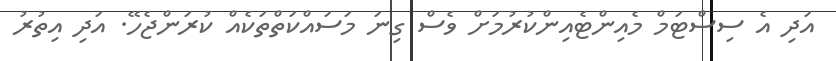
އަދި އެ ސިސްޓަމް މެއިންޓެއިންކުރުމަށް ވެސް ގިނަ މަސައްކަތްތަކެއް ކުރަންޖެހޭ. އަދި އިތުރު